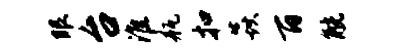
眼台淮瓶扣焱百觥